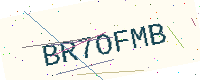
Text: BR7OFMB